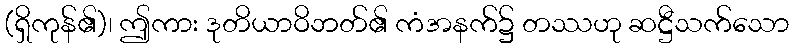
(ရှိကုန်၏)၊ ဤကား ဒုတိယာဝိဘတ်၏ ကံအနက်၌ တဿဟု ဆဋ္ဌီသက်သော